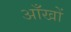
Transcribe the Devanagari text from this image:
अाँखों